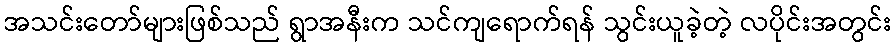
အသင်းတော်များဖြစ်သည် ရွာအနီးက သင်ကျရောက်ရန် သွင်းယူခဲ့တဲ့ လပိုင်းအတွင်း